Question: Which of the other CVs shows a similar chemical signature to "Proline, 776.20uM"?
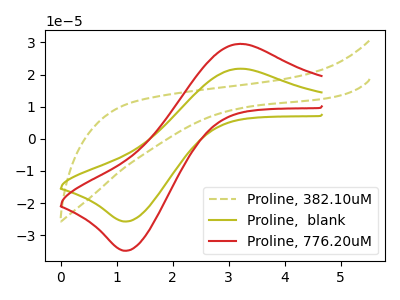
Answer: <think>The olive dashed curve "Proline, 382.10uM" has no peaks. The olive curve "Proline,  blank" has an anodic peak at (3.20V, 21.85uA) and a cathodic peak at (1.20V, -25.75uA). The red curve "Proline, 776.20uM" has an anodic peak at (3.20V, 29.55uA) and a cathodic peak at (1.20V, -34.85uA).
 "Proline, 382.10uM" and "Proline,  blank" have a different number of peaks. "Proline, 382.10uM" and "Proline, 776.20uM" have a different number of peaks. All the peaks in "Proline,  blank" have a peak in "Proline, 776.20uM" at the same potential. Every peak in "Proline,  blank" is lower than every peak in "Proline, 776.20uM".</think>
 <answer>The CV with the most similar shape to "Proline,  blank" is "Proline, 776.20uM".</answer>
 <eval>"Proline, 776.20uM"</eval>